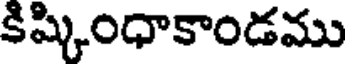
కిష్కింధాకాండము